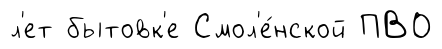
л'ет бытовк'е Смол'е́нской ПВО